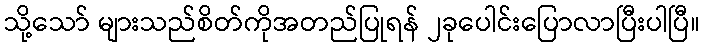
သို့သော် များသည်စိတ်ကိုအတည်ပြုရန် ၂ခုပေါင်းပြောလာပြီးပါပြီ။